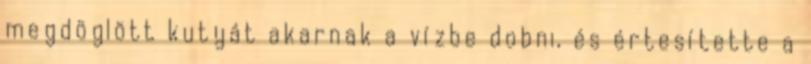
megdöglött kutyát akarnak a vízbe dobni, és értesítette a